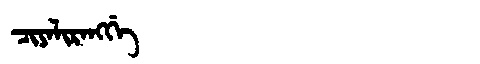
Manchu: ᠴᡳᠶᠠᠯᡳᡵᠠᠩᡤᡝ
Romanization: CIYALIRANGGE